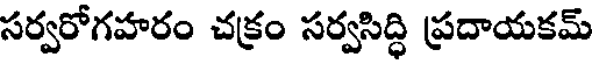
సర్వరోగహరం చక్రం సర్వసిద్ధి ప్రదాయకమ్